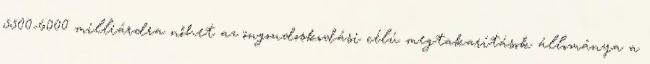
5500-6000 milliárdra nőhet az öngondoskodási célú megtakarítások állománya a